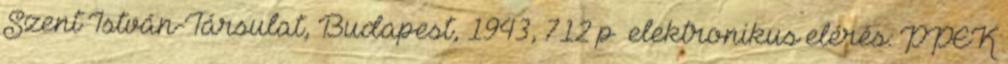
Szent István-Társulat, Budapest, 1943, 712 p →elektronikus elérés: PPEK